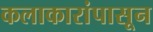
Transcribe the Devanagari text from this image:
कलाकारांपासून